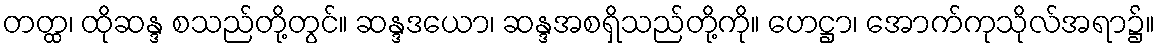
တတ္ထ၊ ထိုဆန္ဒ စသည်တို့တွင်။ ဆန္ဒဒယော၊ ဆန္ဒအစရှိသည်တို့ကို။ ဟေဋ္ဌာ၊ အောက်ကုသိုလ်အရာ၌။